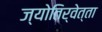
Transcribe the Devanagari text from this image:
ज्योतिर्वेत्ता